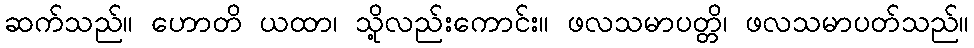
ဆက်သည်။ ဟောတိ ယထာ၊ သို့လည်းကောင်း။ ဖလသမာပတ္တိ၊ ဖလသမာပတ်သည်။